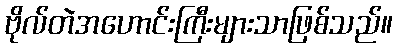
ဗိုလ်တဲအဟောင်းကြီးများသာဖြစ်သည်။